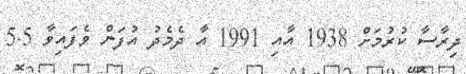
ދިރާސާ ކުރުމަށް 1938 އާއި 1991 އާ ދެމެދު އުފަން ވެފައިވާ 5.5